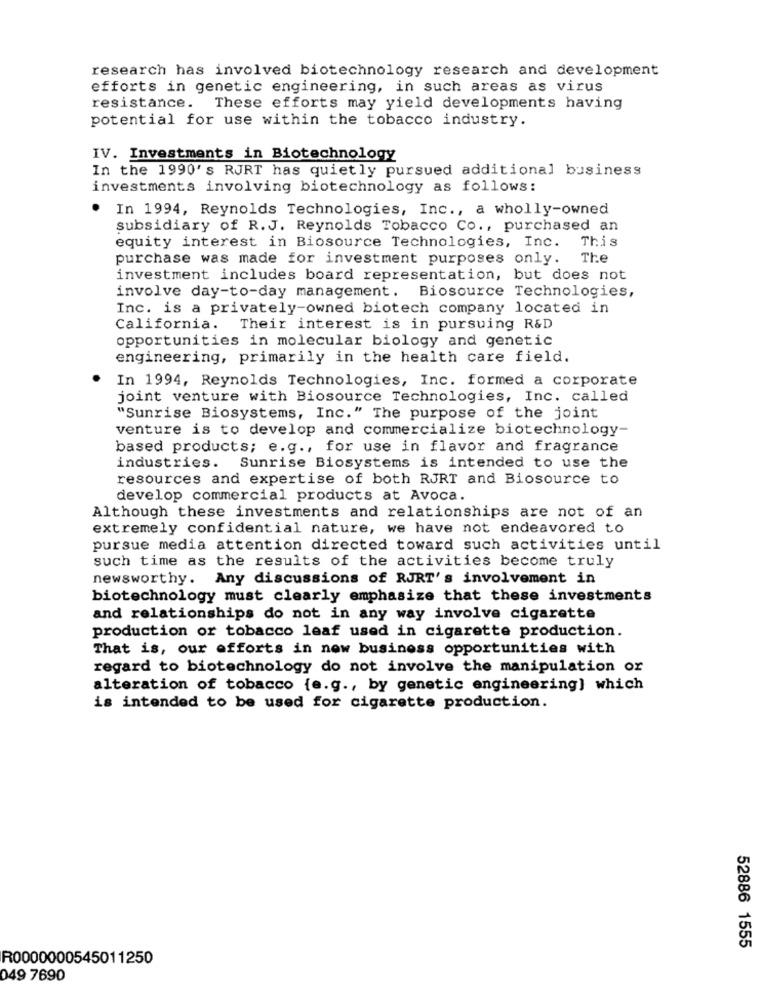
research has involved biotechnology research and development
efforts in genetic engineering, in such areas as virus
resistance.
These efforts may yield developments having
potential for use within the tobacco industry.
IV. Investments in Biotechnology
In the 1990's RJRT has quietly pursued additional business
investments involving biotechnology as follows:
.
In 1994, Reynolds Technologies, Inc ., a wholly-owned
subsidiary of R.J. Reynolds Tobacco Co ., purchased an
This
equity interest in Biosource Technologies, Inc.
purchase was made for investment purposes only.
The
investment includes board representation, but does not
involve day-to-day management. Biosource Technologies,
Inc. is a privately-owned biotech company located in
California.
Their interest is in pursuing R&D
opportunities in molecular biology and genetic
engineering, primarily in the health care field.
In 1994, Reynolds Technologies, Inc. formed a corporate
joint venture with Biosource Technologies, Inc. called
"Sunrise Biosystems, Inc." The purpose of the joint
venture is to develop and commercialize biotechnology-
based products; e.g ., for use in flavor and fragrance
industries. Sunrise Biosystems is intended to use the
resources and expertise of both RJRT and Biosource to
develop commercial products at Avoca.
Although these investments and relationships are not of an
extremely confidential nature, we have not endeavored to
pursue media attention directed toward such activities until
such time as the results of the activities become truly
newsworthy. Any discussions of RJRT's involvement in
biotechnology must clearly emphasize that these investments
and relationships do not in any way involve cigarette
production or tobacco leaf used in cigarette production.
That is, our efforts in new business opportunities with
regard to biotechnology do not involve the manipulation or
alteration of tobacco {e.g ., by genetic engineering] which
is intended to be used for cigarette production.
52886 1555
R0000000545011250
049 7690